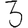
Digit: 3